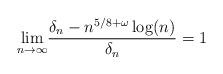
LaTeX: \begin{align*} \underset{n\to \infty}{\lim} \frac{\delta_n - n^{5/8+ \omega}\log(n)}{\delta_n} =1\end{align*}